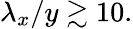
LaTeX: \lambda_{x}/y\gtrsim 10.